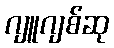
ဂျူဂျစ်ဆု